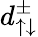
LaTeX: d_{\uparrow\downarrow}^{\pm}